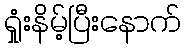
ရှုံးနိမ့်ပြီးနောက်